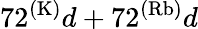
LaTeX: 72^{(\mathrm{K)}}d+72^{(\mathrm{Rb)}}d